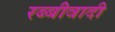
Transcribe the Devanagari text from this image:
रब्बीवादी